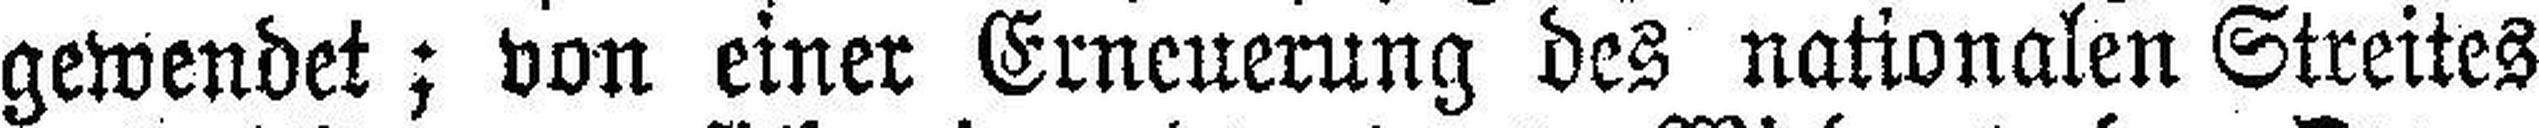
gewendet; von einer Erneuerung des nationalen Streites